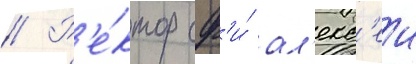
// Р'е́ктор сф'и́ ал'екс'еи